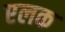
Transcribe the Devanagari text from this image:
एलक